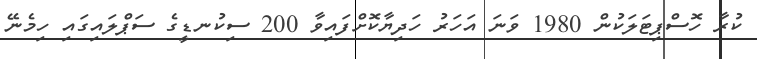
ކުރާ ހޮސްޕިޓަލަކުން 1980 ވަނަ އަހަރު ހަދިޔާކޮށްފައިވާ 200 ސިކުނޑީގެ ސަޕްލައިގައި ހިމެނޭ